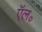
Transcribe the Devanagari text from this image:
ऍल॰